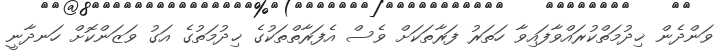
ވަންދެން ޚިދުމަތްކުރައްވާފައިވާ ހަތަރު ފަރާތަކަށް ވެސް އެފަރާތްތަކުގެ ޚިދުމަތުގެ އަގު ވަޒަންކޮށް ހަނދާނީ